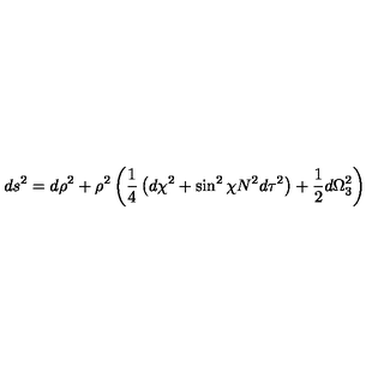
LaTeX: d s ^ { 2 } = d \rho ^ { 2 } + \rho ^ { 2 } \left( \frac { 1 } { 4 } \left( d \chi ^ { 2 } + \sin ^ { 2 } { \chi } N ^ { 2 } d \tau ^ { 2 } \right) + \frac { 1 } { 2 } d \Omega _ { 3 } ^ { 2 } \right)